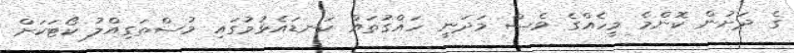
ގެ ދަށުން ކޮންމެ މީހެއްގެ ވެސް މަދަނީ ހައްގުތައް ކަނޑައެޅުމުގައި މުސްތަގިއްލު ކޯޓަކަށް